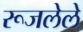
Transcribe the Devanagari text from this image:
रूजलेले